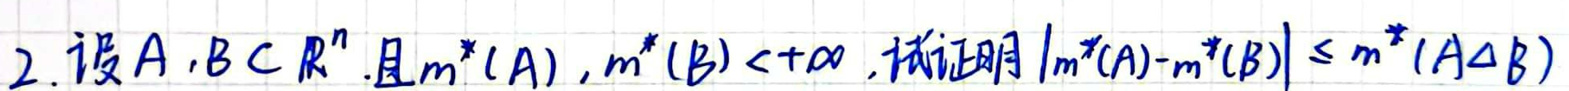
2. 设\(A,B\subset R^{n}\)，且\(m^{*}(A),m^{*}(B)<+\infty\)，试证明\(\left|m^{*}(A)-m^{*}(B)\right|\leq m^{*}(A\Delta B)\)